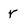
Character: r